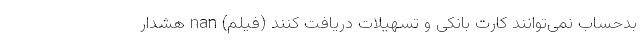
بدحساب نمی‌توانند کارت بانکی و تسهیلات دریافت کنند (فیلم) nan هشدار